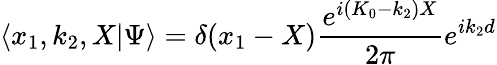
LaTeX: \langle x_{1},k_{2},X|\Psi\rangle=\delta(x_{1}-X)\frac{e^{i(K_{0}-k_{2})X}}{2\pi}e^{ik_{2}d}